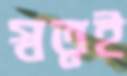
স্বত্বই